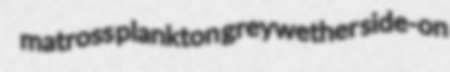
matross plankton greywether side-on